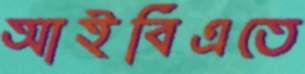
আইবিএতে